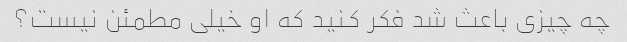
چه چیزی باعث شد فکر کنید که او خیلی مطمئن نیست؟